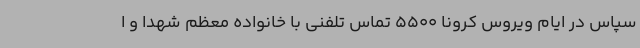
سپاس در ایام ویروس کرونا 5500 تماس تلفنی با خانواده معظم شهدا و ا